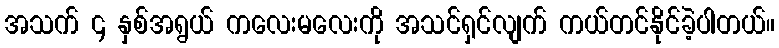
အသက် ၄ နှစ်အရွယ် ကလေးမလေးကို အသင်ရှင်လျက် ကယ်တင်နိုင်ခဲ့ပါတယ်။